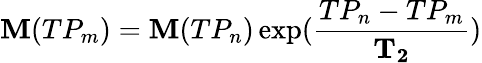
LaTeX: \mathbf{M}(TP_{m})=\mathbf{M}(TP_{n})\exp(\frac{TP_{n}-TP_{m}}{\mathbf{T_{2}}})